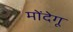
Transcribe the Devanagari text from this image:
मोंदेगू